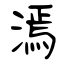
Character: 漹